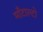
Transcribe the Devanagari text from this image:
माँटाल्टो